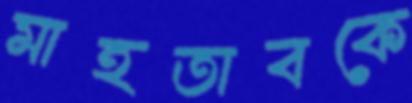
মাহতাবকে